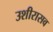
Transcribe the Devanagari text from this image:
उशीरासव